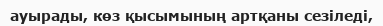
ауырады, көз қысымының артқаны сезіледі,